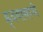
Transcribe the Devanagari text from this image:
ह्र्दयामध्ये